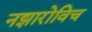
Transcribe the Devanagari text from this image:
नझारोविच